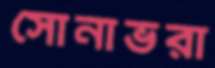
সোনাভরা